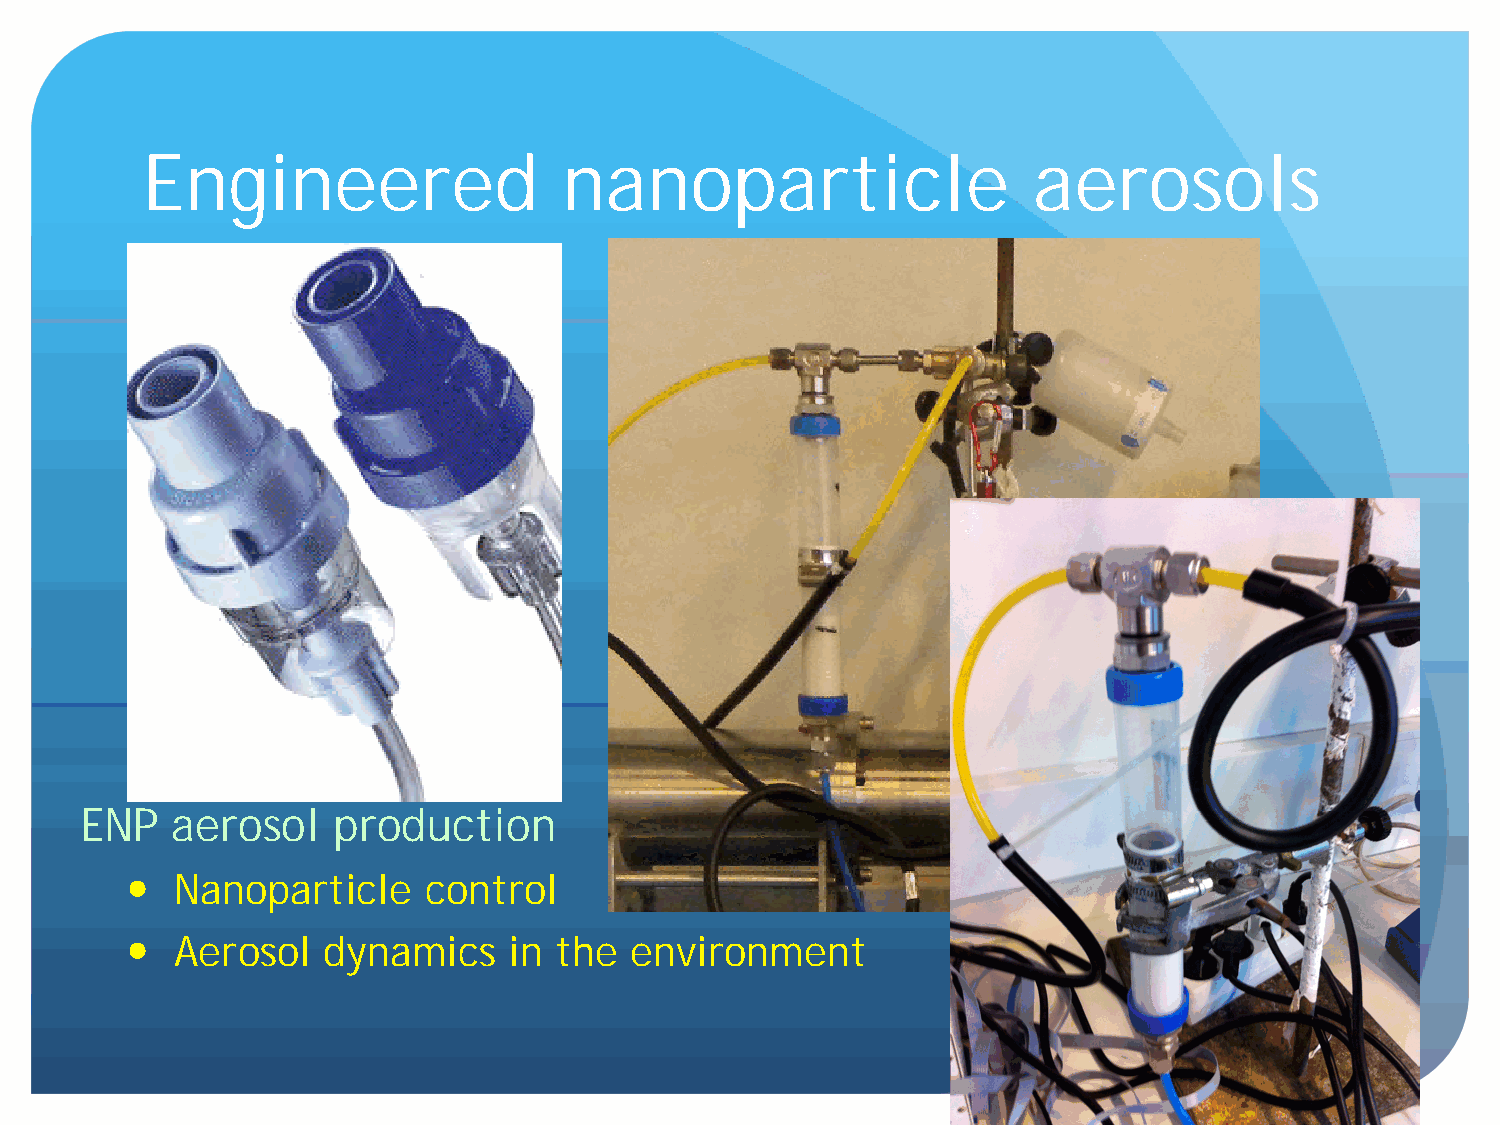
Engineered                  nanoparticle                   aerosols
 ENP   aerosol    production
   Nanoparticle    control
   Aerosol  dynamics     in the  environment